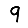
Digit: 9